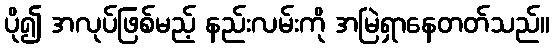
ပို၍ အလုပ်ဖြစ်မည့် နည်းလမ်းကို အမြဲရှာနေတတ်သည်။